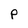
Character: P